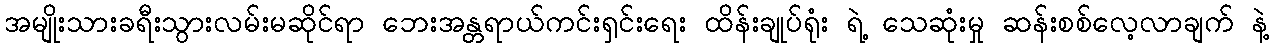
အမျိုးသားခရီးသွားလမ်းမဆိုင်ရာ ဘေးအန္တရာယ်ကင်းရှင်းရေး ထိန်းချုပ်ရုံး ရဲ့ သေဆုံးမှု ဆန်းစစ်လေ့လာချက် နဲ့